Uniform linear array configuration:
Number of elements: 12
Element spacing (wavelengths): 0.25
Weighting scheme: binomial
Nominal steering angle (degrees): -60
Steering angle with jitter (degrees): -59.249
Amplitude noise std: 0.05
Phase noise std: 0.05

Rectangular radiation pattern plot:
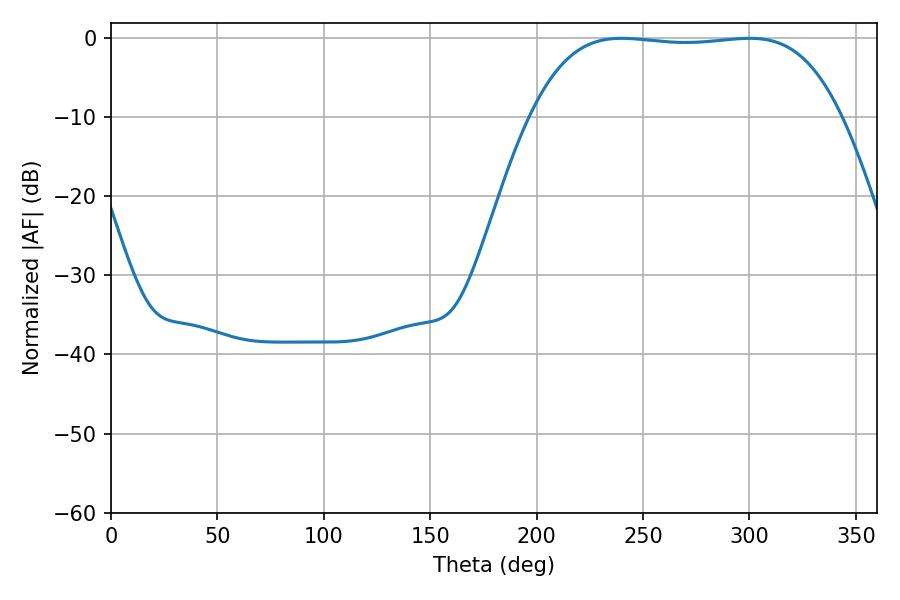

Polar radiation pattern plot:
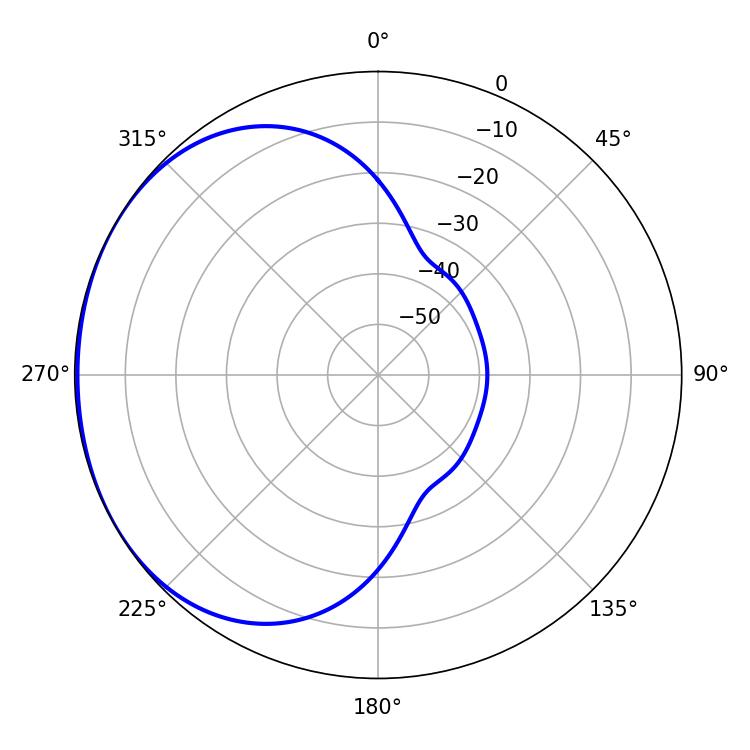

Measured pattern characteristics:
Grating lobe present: FALSE
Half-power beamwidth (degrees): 114.12
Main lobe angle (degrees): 239.94